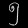
Digit: ၅